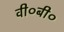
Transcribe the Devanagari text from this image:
वी०बी०